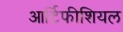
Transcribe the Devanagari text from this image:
आर्टिफीशियल